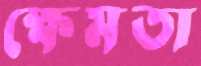
ক্ষেমতা